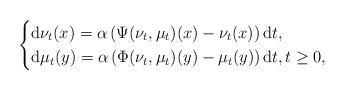
LaTeX: \begin{align*}\begin{cases} \mathrm{d}\nu_t(x) = \alpha\left(\Psi(\nu_t, \mu_t)(x) - \nu_t(x) \right)\mathrm{d}t,\\ \mathrm{d}\mu_t(y) = \alpha\left(\Phi(\nu_t, \mu_t)(y) - \mu_t(y) \right)\mathrm{d}t, t \geq 0,\end{cases}\end{align*}